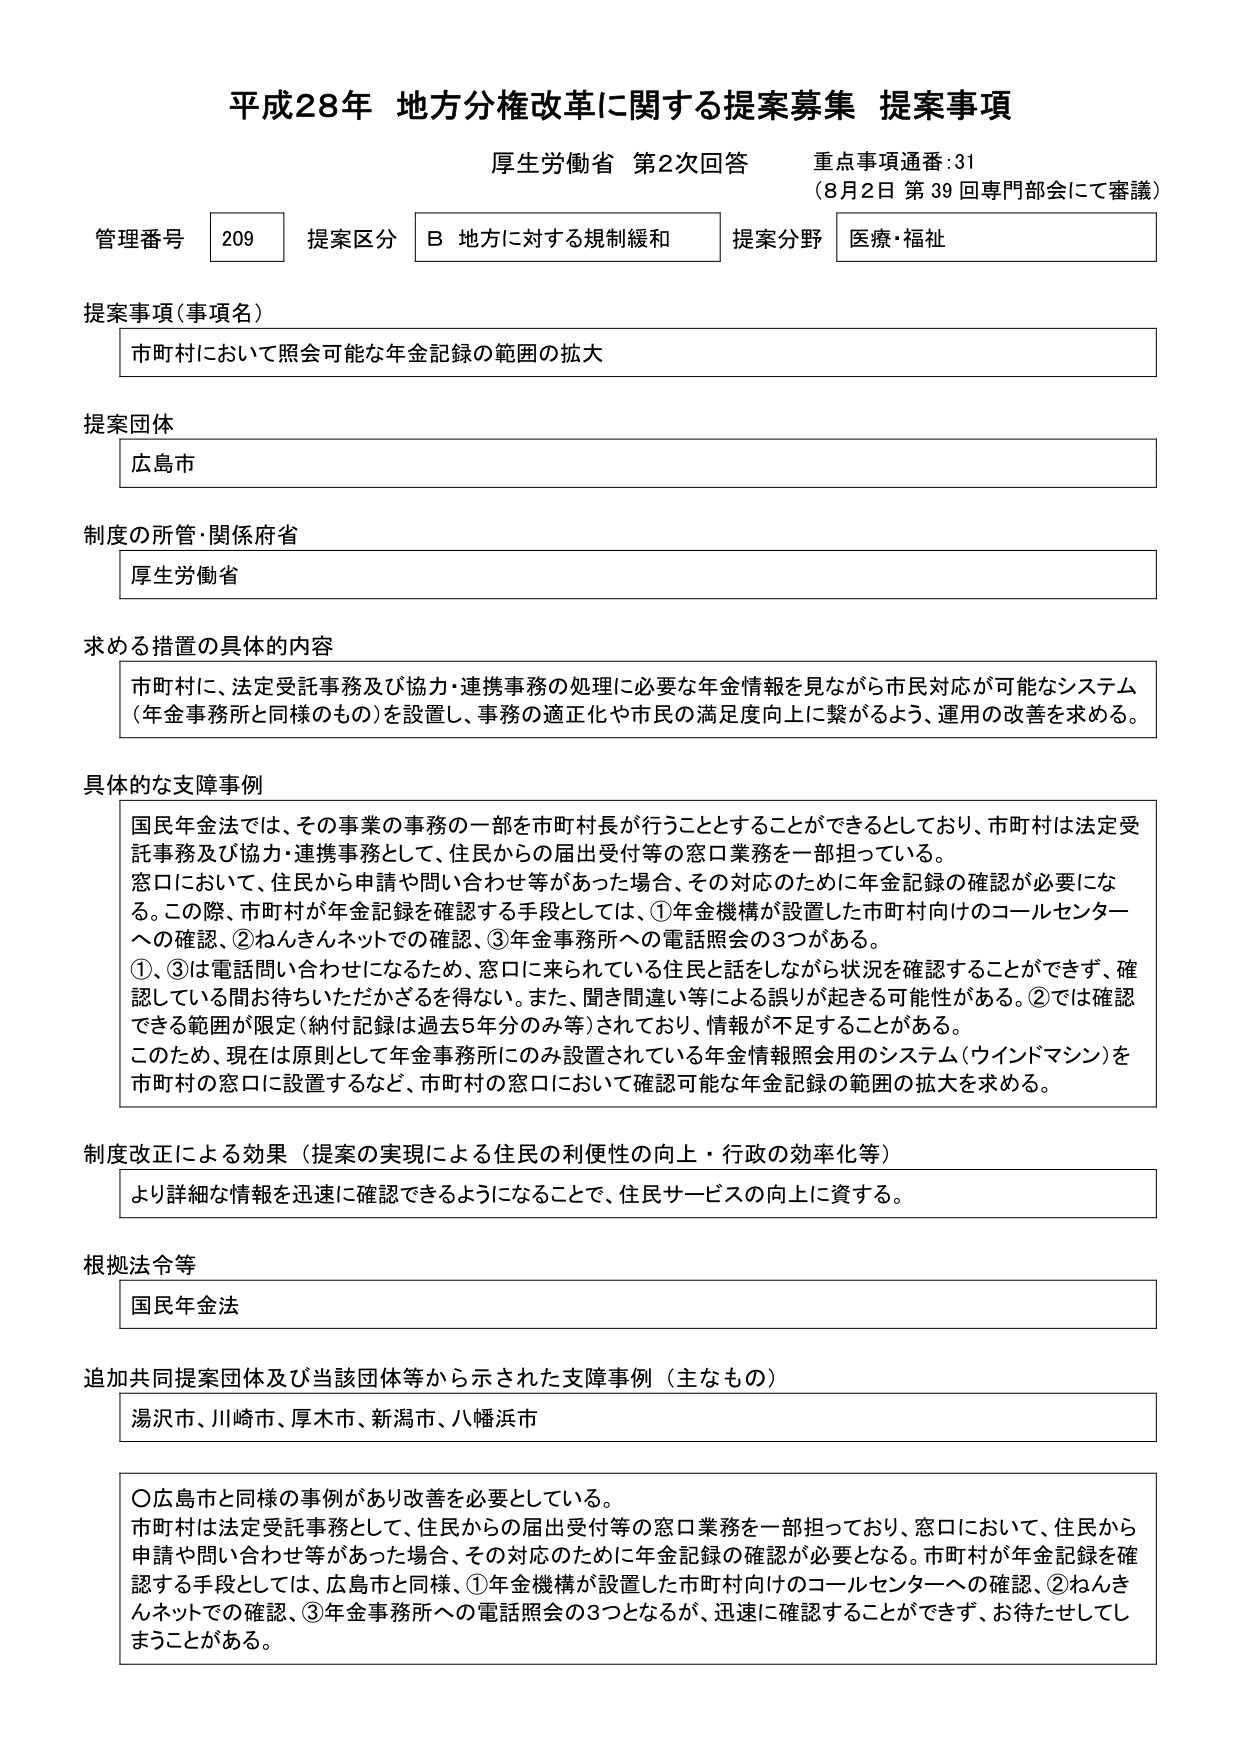
平成28年 地方分権改革に関する提案募集 提案事項
厚生労働省 第2次回答 重点事項通番:31
（8月2日 第39回専門部会にて審議）

管理番号 209 提案区分 B 地方に対する規制緩和 提案分野 医療・福祉

提案事項（事項名）
市町村において照会可能な年金記録の範囲の拡大

提案団体
広島市

制度の所管・関係府省
厚生労働省

求める措置の具体的内容
市町村に、法定受託事務及び協力・連携事務の処理に必要な年金情報を見ながら市民対応が可能なシステム（年金事務所と同様のもの）を設置し、事務の適正化や市民の満足度向上に繋がるよう、運用の改善を求める。

具体的な支障事例
国民年金法では、その事業の事務の一部を市町村長が行うこととすることができるとしており、市町村は法定受託事務及び協力・連携事務として、住民からの届出受付等の窓口業務を一部担っている。
窓口において、住民から申請や問い合わせ等があった場合、その対応のために年金記録の確認が必要になる。この際、市町村が年金記録を確認する手段としては、①年金機構が設置した市町村向けのコールセンターへの確認、②なんきんネットでの確認、③年金事務所への電話照会の3つがある。
①、③は電話問い合わせになるため、窓口に来られている住民と話をしながら状況を確認することができず、確認している間お待たせいただかざるを得ない。また、聞き間違い等による誤りが起きる可能性がある。②では確認できる範囲が限定（納付記録は過去5年分のみ等）されており、情報が不足することがある。
このため、現在は原則として年金事務所にのみ設置されている年金情報照会用のシステム（ウインドマシン）を市町村の窓口に設置するなど、市町村の窓口において確認可能な年金記録の範囲の拡大を求める。

制度改正による効果（提案の実現による住民の利便性の向上・行政の効率化等）
より詳細な情報を迅速に確認できるようになることで、住民サービスの向上に資する。

根拠法令等
国民年金法

追加共同提案団体及び当該団体等から示された支障事例（主なもの）
湯沢市、川崎市、厚木市、新潟市、八幡浜市

〇広島市と同様の事例があり改善を必要としている。
市町村は法定受託事務として、住民からの届出受付等の窓口業務を一部担っており、窓口において、住民から申請や問い合わせ等があった場合、その対応のために年金記録の確認が必要となる。市町村が年金記録を確認する手段としては、広島市と同様、①年金機構が設置した市町村向けのコールセンターへの確認、②なんきんネットでの確認、③年金事務所への電話照会の3つとなるが、迅速に確認することができず、お待たせしてしまうことがある。